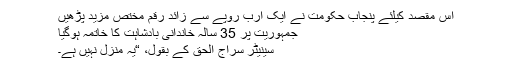
اس مقصد کیلئے پنجاب حکومت نے ایک ارب روپے سے زائد رقم مختص مزید پڑھیں
جمہوریت پر 35 سالہ خاندانی بادشاہت کا خاتمہ ہوگیا
سینیٹر سراج الحق کے بقول، “یہ منزل نہیں ہے۔